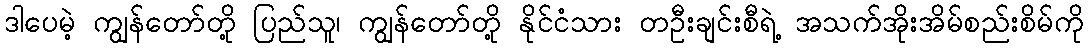
ဒါပေမဲ့ ကျွန်တော်တို့ ပြည်သူ၊ ကျွန်တော်တို့ နိုင်ငံသား တဦးချင်းစီရဲ့ အသက်အိုးအိမ်စည်းစိမ်ကို